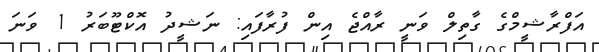
އަފްރާޝީމްގެ ގާތިލް ވަނީ ރާއްޖެ އިން ފުރާފައި: ނަޝީދު އޮކްޓޫބަރު 1 ވަނަ